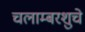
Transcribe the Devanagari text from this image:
चलाम्बरशुचे